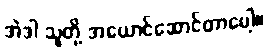
အဲဒါ သူတို့ အယောင်ဆောင်တာပေါ့။